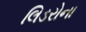
લિડરોના